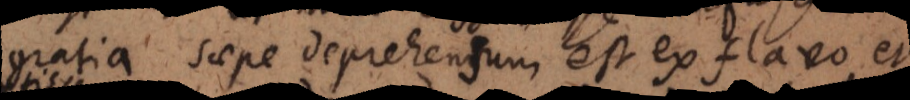
eprehendum deprehensum est ex flavo et